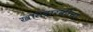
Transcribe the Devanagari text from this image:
खासदारकीचा